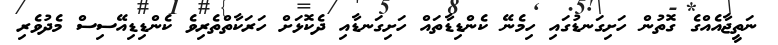
ނަތީޖާއެއްގެ ގޮތުން ހަށިގަނޑުގައި ހިމެނޭ ކެންޑިޑާތައް ހަށިގަނޑާއި ދެކޮޅަށް ހަރަކާތްތެރިވެ ކެންޑިޑިއޭސިސް މެދުވެރި